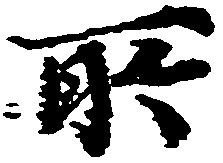
所